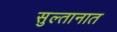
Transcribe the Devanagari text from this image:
सुल्तानात